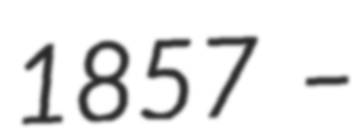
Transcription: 1857 –